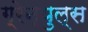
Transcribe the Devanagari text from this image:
ग्रेन्युल्स